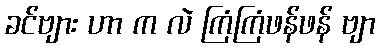
ခင်ဗျား ဟာ က လဲ ကြံကြံဖန်ဖန် ဗျာ